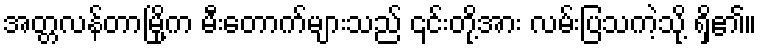
အတ္တလန်တာမြို့က မီးတောက်များသည် ၎င်းတို့အား လမ်းပြသကဲ့သို့ ရှိ၏။